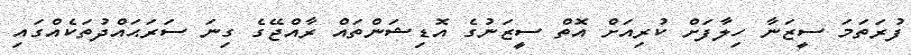
ފުރަތަމަ ސީޒަނާ ހިލާފަށް ކުރިއަށް އޮތް ސީޒަނުގެ އޮޑިޝަންތައް ރާއްޖޭގެ ގިނަ ސަރަޙައްދުތަކެއްގައި